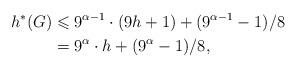
LaTeX: \begin{align*} h^*(G) &\leqslant 9^{\alpha -1 } \cdot (9 h+1)+ (9^{\alpha -1}-1)/8\\ &=9^{\alpha }\cdot h+(9^{\alpha }-1)/8,\end{align*}